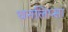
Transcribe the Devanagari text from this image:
धनलिप्सा